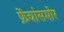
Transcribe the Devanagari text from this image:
फ्रेंचांसमोर